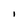
Character: l